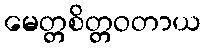
မေတ္တစိတ္တဝတာယ